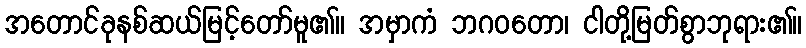
အတောင်ခုနစ်ဆယ်မြင့်တော်မူ၏။ အမှာကံ ဘဂဝတော၊ ငါတို့မြတ်စွာဘုရား၏။